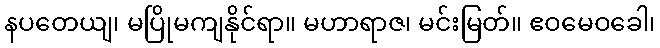
နပတေယျ၊ မပြိုမကျနိုင်ရာ။ မဟာရာဇ၊ မင်းမြတ်။ ဧဝမေဝခေါ၊